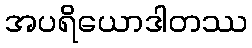
အပရိယောဒါတဿ